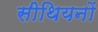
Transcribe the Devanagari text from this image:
सीथियनों